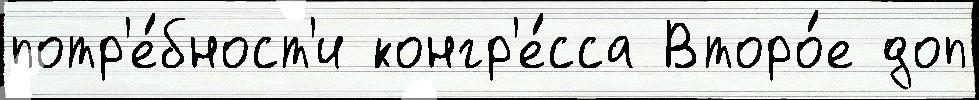
потр'е́бност'и конгр'е́сса Второ́е доп